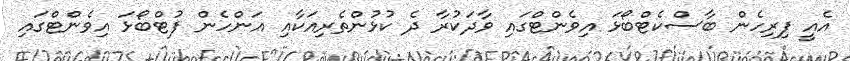
އެއީ ފިރިހެން ބާސްކެޓްބޯޅަ އިވެންޓްގައި ވާދަކުރާ ދެ ކުޅުންތެރިއަކާއި އަންހެން ފުޓްބޯޅަ އިވެންޓްގައި